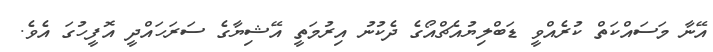
އޭނާ މަސައްކަތް ކުރެއްވީ ޑަބްލިޔުއެޗްއޯގެ ދެކުނު އިރުމަތީ އޭޝިޔާގެ ސަރަހައްދީ އޮފީހުގަ އެެވެ.